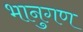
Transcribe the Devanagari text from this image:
भानुगण